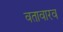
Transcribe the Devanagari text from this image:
वतावारव